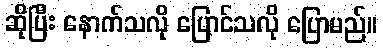
ဆိုပြီး နောက်သလို ပြောင်သလို ပြောမည်။